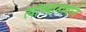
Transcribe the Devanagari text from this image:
त्यांच्यानावाने